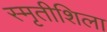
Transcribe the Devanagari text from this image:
स्मृतीशिला